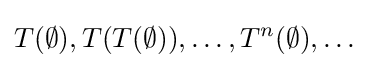
T(\emptyset ),T(T(\emptyset )),\ldots ,T^{n}(\emptyset ),\ldots